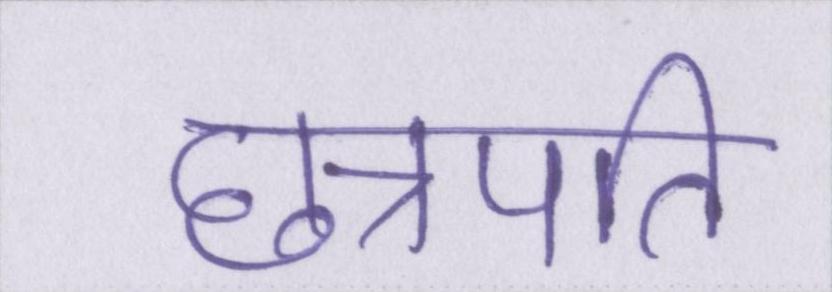
छत्रपति